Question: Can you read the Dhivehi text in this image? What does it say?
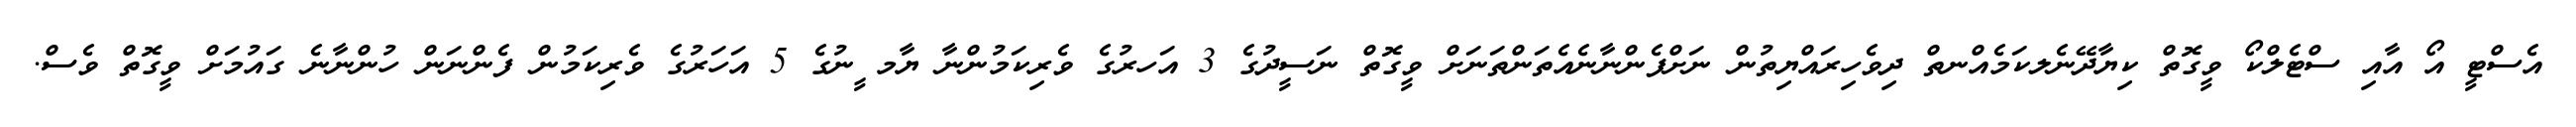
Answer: އެސްޓީ އޯ އާއި ސްޓެލްކޯ ވީގޮތް ކިޔާދޭނެލކަމެއްނތް ދިވެހިރައްޔިތުން ނަށްފެންނާނެއެތަންތަނަށް ވީގޮތް ނަސީދުގެ 3 އަހރުގެ ވެރިކަމުންނާ ޔާމ ީނުގެ 5 އަހަރުގެ ވެރިކަމުން ފެންނަން ހުންނާނެ ގައުމަށް ވީގޮތް ވެސް.